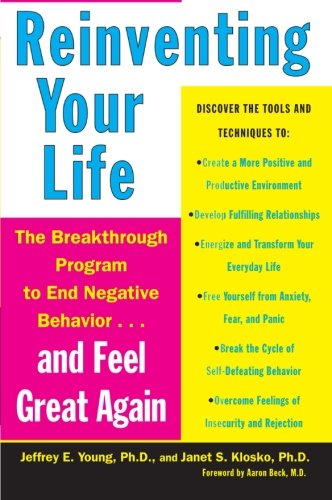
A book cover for Reinventing Your Life: The Breakthrough Program to End Negative Behavior and Feel Great Again; Jeffrey E. Young; Self-Help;